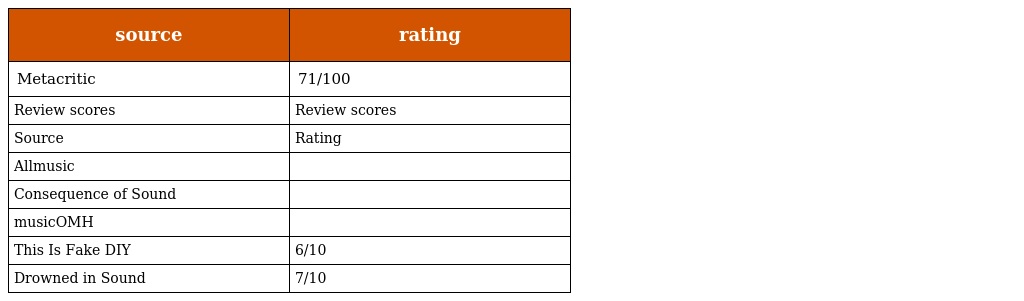
| source | rating |
 | --- | --- |
 | Metacritic | 71/100 |
 | Review scores | Review scores |
 | Source | Rating |
 | Allmusic |  |
 | Consequence of Sound |  |
 | musicOMH |  |
 | This Is Fake DIY | 6/10 |
 | Drowned in Sound | 7/10 |